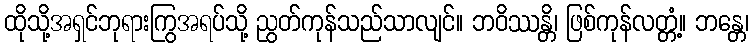
ထိုသို့အရှင်ဘုရားကြွအရပ်သို့ ညွတ်ကုန်သည်သာလျင်။ ဘဝိဿန္တိ၊ ဖြစ်ကုန်လတ္တံ့။ ဘန္တေ၊